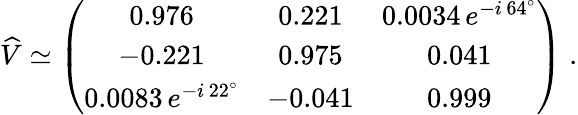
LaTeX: \widehat{V}\simeq\left(\begin{array}{ccc}{{0.976}}&{{0.221}}&{{0.0034\, e^{-i\, 64^{\circ}}}}\\ {{-0.221}}&{{0.975}}&{{0.041}}\\ {{0.0083\, e^{-i\, 22^{\circ}}}}&{{-0.041}}&{{0.999}}\end{array}\right)\; .